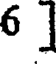
6 ]